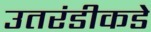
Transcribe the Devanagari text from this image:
उतरंडीकडे